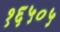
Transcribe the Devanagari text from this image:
१६५०५